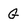
Character: G